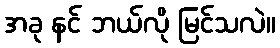
အခု နင် ဘယ်လို မြင်သလဲ။